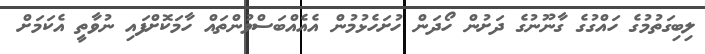
ލިބިގަތުމުގެ ހައްގުގެ ގާނޫނުގެ ދަށުން ހޯދަން ހުށަހެޅުމުން އެއެއްބަސްވުންތައް ހާމަކޮށްފައި ނުވާތީ އެކަމަށް